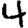
Digit: 4